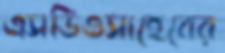
এসডিওসাহেবের